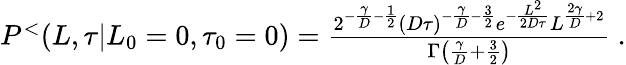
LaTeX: \begin{array}{r}{P^{<}(L,\tau|L_{0}=0,\tau_{0}=0)=\frac{2^{-\frac{\gamma}{D}-\frac{1}{2}}(D\tau)^{-\frac{\gamma}{D}-\frac{3}{2}}e^{-\frac{L^{2}}{2D\tau}}L^{\frac{2\gamma}{D}+2}}{\Gamma\left(\frac{\gamma}{D}+\frac{3}{2}\right)}\ .}\end{array}